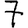
Digit: 7